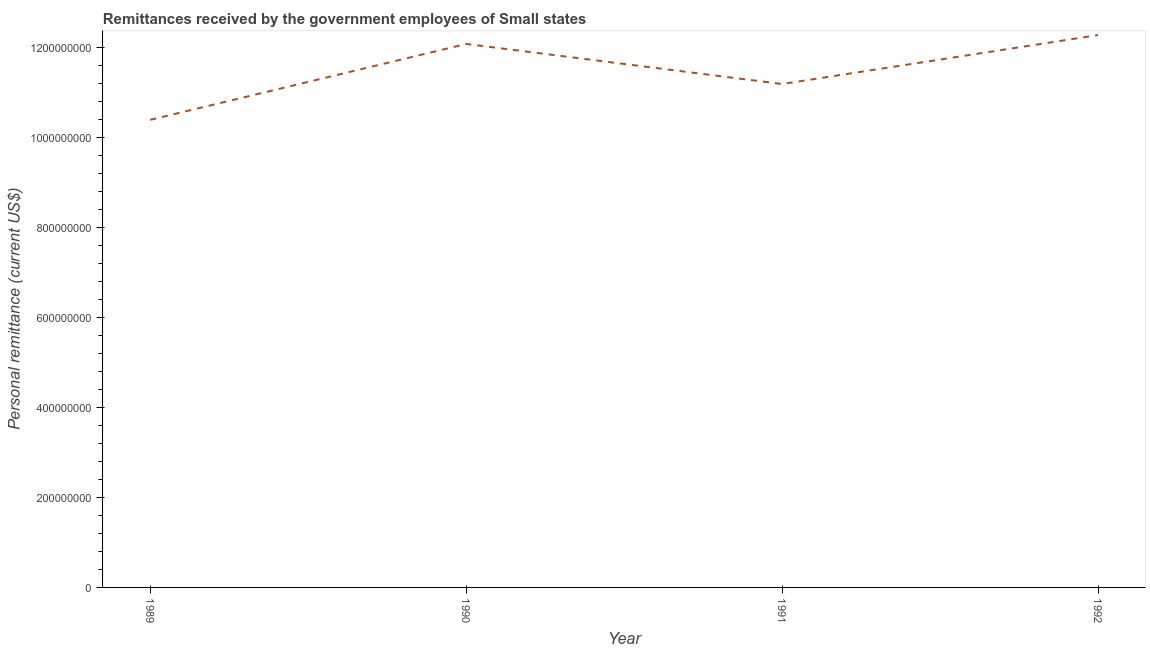
| Year | Personal remittances |
 | --- | --- |
 | 1989 | 1.04e+09 |
 | 1990 | 1.21e+09 |
 | 1991 | 1.12e+09 |
 | 1992 | 1.23e+09 |